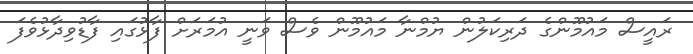
ރައީސް މައުމޫންގެ ދަރިކަލުން ޔުމްނާ މައުމޫން ވެސް ވަނީ އުމަރަށް ފާޅުގައި ފާޑުވިދާޅުވެފަ